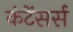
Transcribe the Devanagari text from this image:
कंटेंसर्स